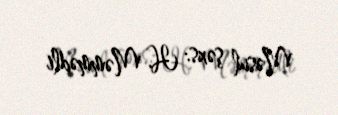
Məsul şəxs: H. Məmmədli